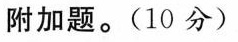
附加题。(10分)